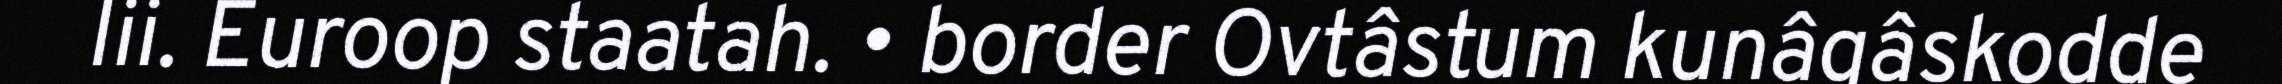
lii. Euroop staatah. • border Ovtâstum kunâgâskodde‎